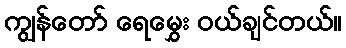
ကျွန်တော် ရေမွှေး ဝယ်ချင်တယ်။